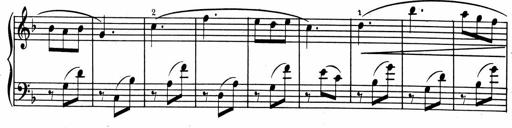
Title: 1Ã¨re Sonatine
Composer: FrÃ©dÃ©ric Binet